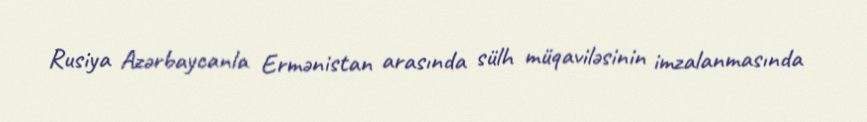
Rusiya Azərbaycanla Ermənistan arasında sülh müqaviləsinin imzalanmasında